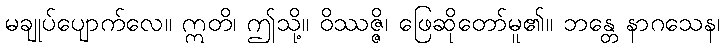
မချုပ်ပျောက်လေ။ ဣတိ၊ ဤသို့။ ဝိဿဇ္ဇိ၊ ဖြေဆိုတော်မူ၏။ ဘန္တေ နာဂသေန၊